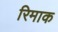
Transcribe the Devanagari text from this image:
रिमाक